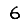
Digit: 6